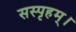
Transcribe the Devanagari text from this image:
सस्पृहम्।